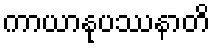
ကာယာနုပဿနာတိ